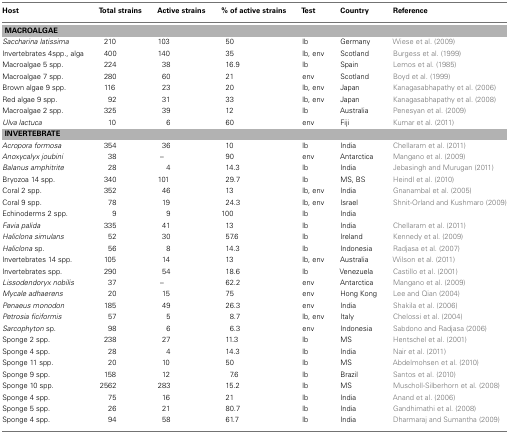
<table><thead><tr><td><b>Host</b></td><td><b>Total strains</b></td><td><b>Active strains</b></td><td><b>% of active strains</b></td><td><b>Test</b></td><td><b>Country</b></td><td><b>Reference</b></td></tr></thead><tbody><tr><td colspan="7"><b>MACROALGAE</b></td></tr><tr><td><i>Saccharina latissima</i></td><td>210</td><td>103</td><td>50</td><td>lb</td><td>Germany</td><td>Wiese et al. (2009)</td></tr><tr><td>Invertebrates 4spp., alga</td><td>400</td><td>140</td><td>35</td><td>lb, env</td><td>Scotland</td><td>Burgess et al. (1999)</td></tr><tr><td>Macroalgae 5 spp.</td><td>224</td><td>38</td><td>16.9</td><td>lb</td><td>Spain</td><td>Lemos et al. (1985)</td></tr><tr><td>Macroalgae 7 spp.</td><td>280</td><td>60</td><td>21</td><td>env</td><td>Scotland</td><td>Boyd et al. (1999)</td></tr><tr><td>Brown algae 9 spp.</td><td>116</td><td>23</td><td>20</td><td>lb, env</td><td>Japan</td><td>Kanagasabhapathy et al. (2006)</td></tr><tr><td>Red algae 9 spp.</td><td>92</td><td>31</td><td>33</td><td>lb, env</td><td>Japan</td><td>Kanagasabhapathy et al. (2008)</td></tr><tr><td>Macroalgae 2 spp.</td><td>325</td><td>39</td><td>12</td><td>lb</td><td>Australia</td><td>Penesyan et al. (2009)</td></tr><tr><td><i>Ulva lactuca</i></td><td>10</td><td>6</td><td>60</td><td>env</td><td>Fiji</td><td>Kumar et al. (2011)</td></tr><tr><td colspan="7"><b>INVERTEBRATE</b></td></tr><tr><td><i>Acropora formosa</i></td><td>354</td><td>36</td><td>10</td><td>lb</td><td>India</td><td>Chellaram et al. (2011)</td></tr><tr><td><i>Anoxycalyx joubini</i></td><td>38</td><td>–</td><td>90</td><td>env</td><td>Antarctica</td><td>Mangano et al. (2009)</td></tr><tr><td><i>Balanus amphitrite</i></td><td>28</td><td>4</td><td>14.3</td><td>lb</td><td>India</td><td>Jebasingh and Murugan (2011)</td></tr><tr><td>Bryozoa 14 spp.</td><td>340</td><td>101</td><td>29.7</td><td>lb</td><td>MS, BS</td><td>Heindl et al. (2010)</td></tr><tr><td>Coral 2 spp.</td><td>352</td><td>46</td><td>13</td><td>lb, env</td><td>India</td><td>Gnanambal et al. (2005)</td></tr><tr><td>Coral 9 spp.</td><td>78</td><td>19</td><td>24.3</td><td>lb, env</td><td>Israel</td><td>Shnit-Orland and Kushmaro (2009)</td></tr><tr><td>Echinoderms 2 spp.</td><td>9</td><td>9</td><td>100</td><td>lb</td><td>India</td><td></td></tr><tr><td><i>Favia palida</i></td><td>335</td><td>41</td><td>13</td><td>lb</td><td>India</td><td>Chellaram et al. (2011)</td></tr><tr><td><i>Haliclona simulans</i></td><td>52</td><td>30</td><td>57.6</td><td>lb</td><td>Ireland</td><td>Kennedy et al. (2009)</td></tr><tr><td><i>Haliclona</i> sp.</td><td>56</td><td>8</td><td>14.3</td><td>lb</td><td>Indonesia</td><td>Radjasa et al. (2007)</td></tr><tr><td>Invertebrates 14 spp.</td><td>105</td><td>14</td><td>13</td><td>lb, env</td><td>Australia</td><td>Wilson et al. (2011)</td></tr><tr><td>Invertebrates spp.</td><td>290</td><td>54</td><td>18.6</td><td>lb</td><td>Venezuela</td><td>Castillo et al. (2001)</td></tr><tr><td><i>Lissodendoryx nobilis</i></td><td>37</td><td>–</td><td>62.2</td><td>env</td><td>Antarctica</td><td>Mangano et al. (2009)</td></tr><tr><td><i>Mycale adhaerens</i></td><td>20</td><td>15</td><td>75</td><td>env</td><td>Hong Kong</td><td>Lee and Qian (2004)</td></tr><tr><td><i>Penaeus monodon</i></td><td>185</td><td>49</td><td>26.3</td><td>env</td><td>India</td><td>Shakila et al. (2006)</td></tr><tr><td><i>Petrosia ficiformis</i></td><td>57</td><td>5</td><td>8.7</td><td>lb, env</td><td>Italy</td><td>Chelossi et al. (2004)</td></tr><tr><td><i>Sarcophyton</i> sp.</td><td>98</td><td>6</td><td>6.3</td><td>env</td><td>Indonesia</td><td>Sabdono and Radjasa (2006)</td></tr><tr><td>Sponge 2 spp.</td><td>238</td><td>27</td><td>11.3</td><td>lb</td><td>MS</td><td>Hentschel et al. (2001)</td></tr><tr><td>Sponge 4 spp.</td><td>28</td><td>4</td><td>14.3</td><td>lb</td><td>India</td><td>Nair et al. (2011)</td></tr><tr><td>Sponge 11 spp.</td><td>20</td><td>10</td><td>50</td><td>lb</td><td>MS</td><td>Abdelmohsen et al. (2010)</td></tr><tr><td>Sponge 9 spp.</td><td>158</td><td>12</td><td>7.6</td><td>lb</td><td>Brazil</td><td>Santos et al. (2010)</td></tr><tr><td>Sponge 10 spp.</td><td>2562</td><td>283</td><td>15.2</td><td>lb</td><td>MS</td><td>Muscholl-Silberhorn et al. (2008)</td></tr><tr><td>Sponge 4 spp.</td><td>75</td><td>16</td><td>21</td><td>lb</td><td>India</td><td>Anand et al. (2006)</td></tr><tr><td>Sponge 5 spp.</td><td>26</td><td>21</td><td>80.7</td><td>lb</td><td>India</td><td>Gandhimathi et al. (2008)</td></tr><tr><td>Sponge 4 spp.</td><td>94</td><td>58</td><td>61.7</td><td>lb</td><td>India</td><td>Dharmaraj and Sumantha (2009)</td></tr></tbody></table>